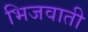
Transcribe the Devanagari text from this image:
भिजवाती